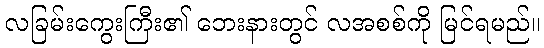
လခြမ်းကွေးကြီး၏ ဘေးနားတွင် လအစစ်ကို မြင်ရမည်။